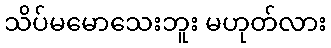
သိပ်မမောသေးဘူး မဟုတ်လား